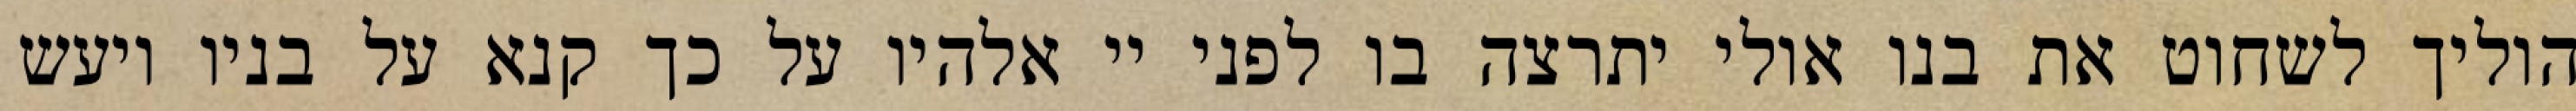
הוליך לשחוט את בנו אולי יתרצה בו לפני יי אלהיו על כך קנא על בניו ויעש